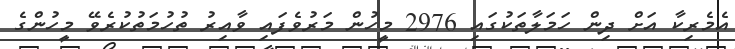
އެމެރިކާ އަށް ދިން ހަމަލާތަކުގައި 2976 މީހުން މަރުވެފައި ވާއިރު ތުހުމަތުކުރެވޭ މީހުންގެ